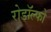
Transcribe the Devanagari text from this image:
रोडॉल्फो